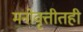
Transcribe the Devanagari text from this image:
मनोवृत्तीतही